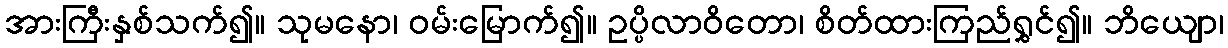
အားကြီးနှစ်သက်၍။ သုမနော၊ ဝမ်းမြောက်၍။ ဥပ္ပိလာဝိတော၊ စိတ်ထားကြည်ရွှင်၍။ ဘိယျော၊